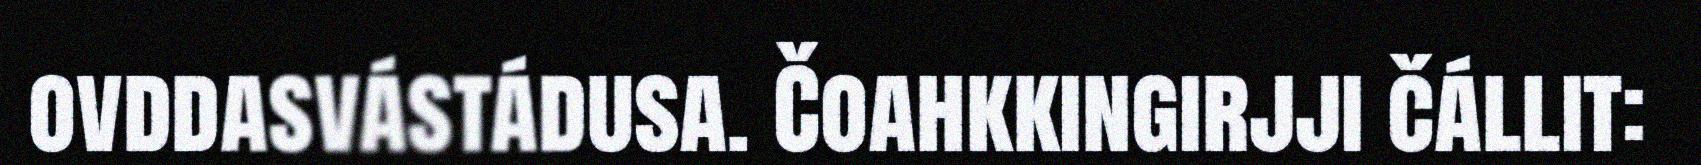
ovddasvástádusa. Čoahkkingirjji čállit: